Cholera in southern India
Disease focus: Cholera
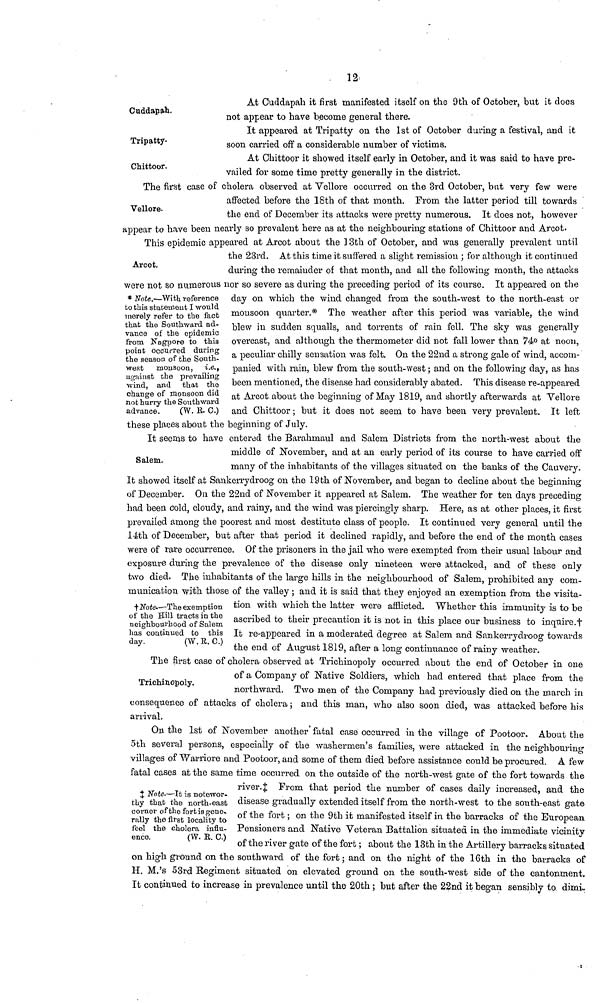
12
Cuddapah.
At Cuddapah it first manifested itself on the 9th of October, but it does
not appear to have become general there.
Tripatty.
It appeared at Tripatty on the 1st of October during a festival, and it
soon carried off a considerable number of victims.
Chittoor.
At Chittoor it showed itself early in October, and it was said to have pre-
vailed for some time pretty generally in the district.
Vellore.
The first case of cholera observed at Vellore occurred on the 3rd October, but very few were
affected before the 18th of that month. From the latter period till towards
the end of December its attacks were pretty numerous. It does not, however
appear to have been nearly so prevalent here as at the neighbouring stations of Chittoor and Arcot.
Arcot.
* Note.—With reference
to this statement I would
merely refer to the fact
that the Southward ad-
vance of the epidemic
from Nagpore to this
point occurred during
the season of the South-
west monsoon, i.e.,
against the prevailing
wind, and that the
change of monsoon did
not hurry the Southward
advance.
(W. R. C.)
This epidemic appeared at Arcot about the ] 8th of October, and was generally prevalent until
the 23rd. At this time it suffered a slight remission ; for although it continued
during the remainder of that month, and all the following month, the attacks
were not so numerous nor so severe as during the preceding period of its course. It appeared on the
day on which the wind changed from the south-west to the north-east or
monsoon quarter.* The weather after this period was variable, the wind
blew in sudden squalls, and torrents of rain fell. The sky was generally
overcast, and although the thermometer did not fall lower than 74° at noon,
a peculiar chilly sensation was felt. On the 22nd a strong gale of wind, accom-
panied with rain, blew from the south-west ; and on the following day, as has
been mentioned, the disease had considerably abated. This disease re-appeared
at Arcot about the beginning of May 1819, and shortly afterwards at Vellore
and Chittoor ; but it does not seem to have been very prevalent. It left
these places about the beginning of July.
Salem.
It seems to have entered the Barahrnaul and Salem Districts from the north-west about the
middle of November, and at an early period of its course to have carried off
many of the inhabitants of the villages situated on the banks of the Cauvery.
It showed itself at Sankerrydroog on the 19th of November, and began to decline about the beginning
of December. On the 22nd of November it appeared at Salem. The weather for ten days preceding
had been cold, cloudy, and rainy, and the wind was piercingly sharp. Here, as at other places, it first
prevailed among the poorest and most destitute class of people. It continued very general until the
14th of December, but after that period it declined rapidly, and before the end of the month cases
were of rare occurrence. Of the prisoners in the jail who were exempted from their usual labour and
exposure during the prevalence of the disease only nineteen were attacked, and of these only
two died. The inhabitants of the large hills in the neighbourhood of Salem, prohibited any com-
munication with those of the valley ; and it is said that they enjoyed an exemption from the visita-
tion with which the latter were afflicted. Whether this immunity is to be
ascribed to their precaution it is not in this place our business to inquire0.†
It re-appeared in a moderated degree at Salem and Sankerrydroog towards
the end of August 1819, after a long continuance of rainy weather.
†Note.—The exemption
of the Hill tracts in the
neighbourhood of Salem
has continued to this
day.
(W. R. C.)
Trichinopoly.
The first case of cholera observed at Trichinopoly occurred about the end of October in one
of a Company of Native Soldiers, which had entered that place from the
northward. Two men of the Company had previously died on the march in
consequence of attacks of cholera ; and this man, who also soon died, was attacked before his
arrival.
‡Note.—It is notewor-
thy that the north-east
corner of the fort is gene-
rally the first locality to
feel the cholera influ-
ence.
(W. R. C.)
On the 1st of November another fatal case occurred in the village of Pootoor. About the
5th several persons, especially of the washermen's families, were attacked in the neighbouring
villages of Warriore and Pootoor, and some of them died before assistance could be procured. A few
fatal cases at the same time occurred on the outside of the north-west gate of the fort towards the
river.‡ From that period the number of cases daily increased, and the
disease gradually extended itself from the north-west to the south-east gate
of the fort ; on the 9th it manifested itself in the barracks of the European
Pensioners and Native Veteran Battalion situated in the immediate vicinity
of the river gate of the fort ; about the 13th in the Artillery barracks situated
on high ground on the southward of the fort ; and on the night of the 16th in the barracks of
H. M.'s 53rd Regiment situated on elevated ground on the south-west side of the cantonment.
It continued to increase in prevalence until the 20th ; but after the 22nd it began sensibly to dimi-